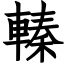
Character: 轃